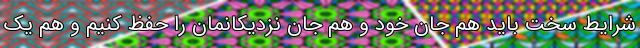
شرایط سخت باید هم جان خود و هم جان نزدیکانمان را حفظ کنیم و هم یک